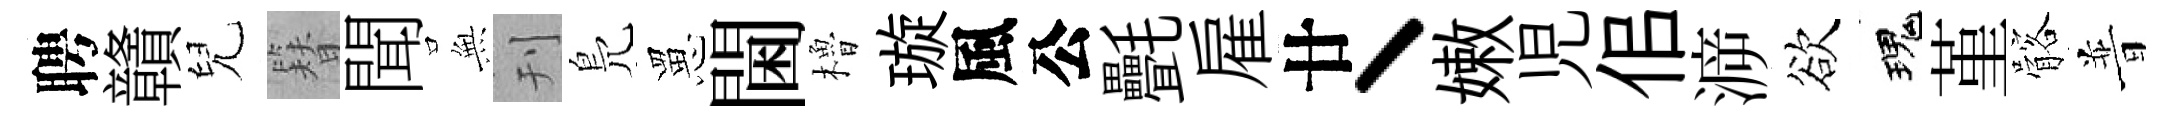
聘贛兒簪聞𭴾刊鳬罳閫櫓璇風公㲲雇廿丶嫩児佀㴑欲瑰堇髂普